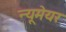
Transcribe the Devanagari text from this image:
न्यूमेयर